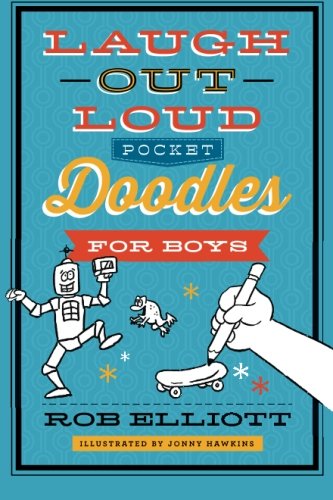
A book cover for Laugh-Out-Loud Pocket Doodles for Boys; Rob Elliott; Children's Books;